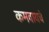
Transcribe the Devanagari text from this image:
कमवायचे